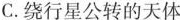
C.绕行星公转的天体